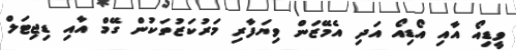
ވީޑިއޯ އާއި އޯޑިއޯ އަދި އެމޭޒަން ވިޔަފާރި މަރުކަޒުތަކުން ގޭމް އާއި ޑިޖިޓަލް